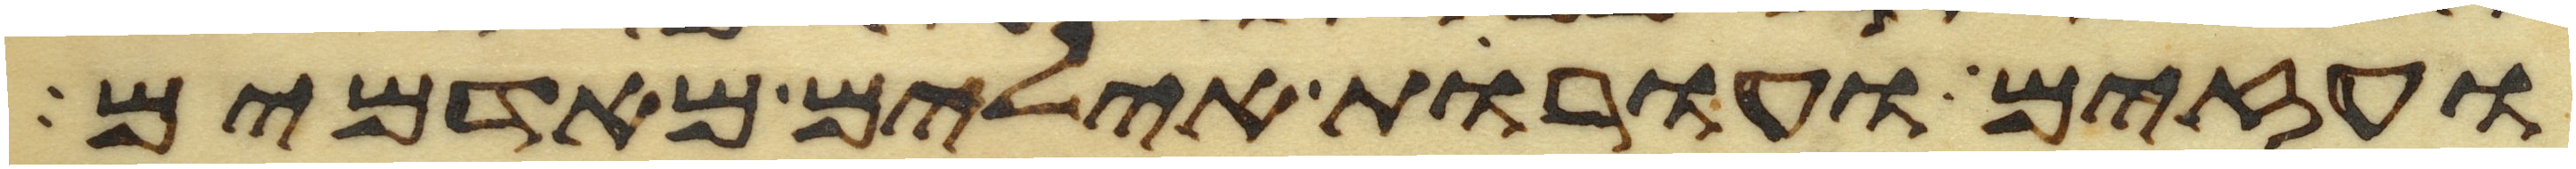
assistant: ועזים ועורות אילים מאדמים